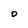
Character: D